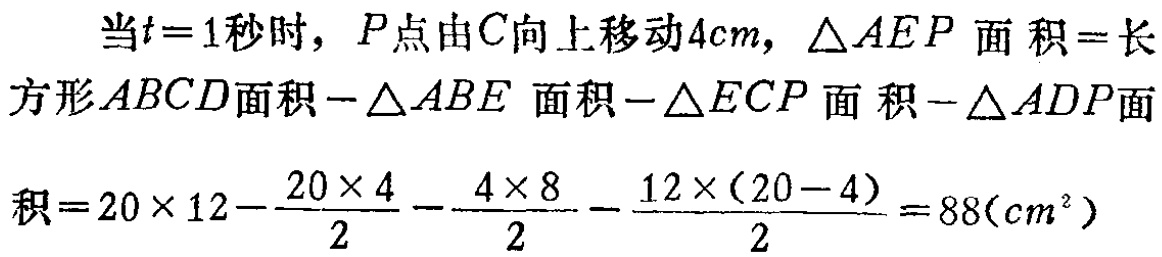
当\(t = 1\)秒时，\(P\)点由\(C\)向上移动\(4cm\)，\(\triangle AEP\)面积\(=\)长方形\(ABCD\)面积\(-\triangle ABE\)面积\(-\triangle ECP\)面积\(-\triangle ADP\)面

积\(=20\times 12 - \dfrac{20\times 4}{2} - \dfrac{4\times 8}{2} - \dfrac{12\times(20 - 4)}{2} = 88(cm^{2})\)